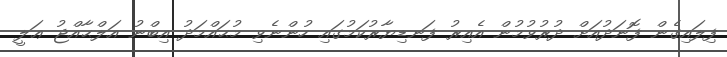
ފިލައިގެން ފޮނަދުއަށް ދުރުވުމުން އެއިރު ފަނޑިޔާރުކަމުގައި ހުންނެވި މުޙައްމަދު އިބްނު އަލްޙާއްޖު ޢަލީ